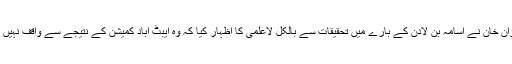
عمران خان نے اسامہ بن لادن کے بارے میں تحقیقات سے بالکل لاعلمی کا اظہار کیا کہ وہ ایبٹ آباد کمیشن کے نتیجے سے واقف نہیں ہیں۔